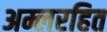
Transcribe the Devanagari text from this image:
अम्लरहित